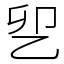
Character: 乮